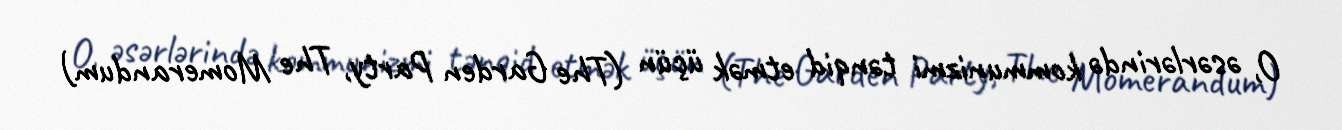
O, əsərlərində kommunizmi tənqid etmək üçün (The Garden Party, The Momerandum)